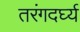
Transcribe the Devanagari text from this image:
तरंगदर्घ्य